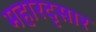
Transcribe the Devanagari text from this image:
महारदृसार